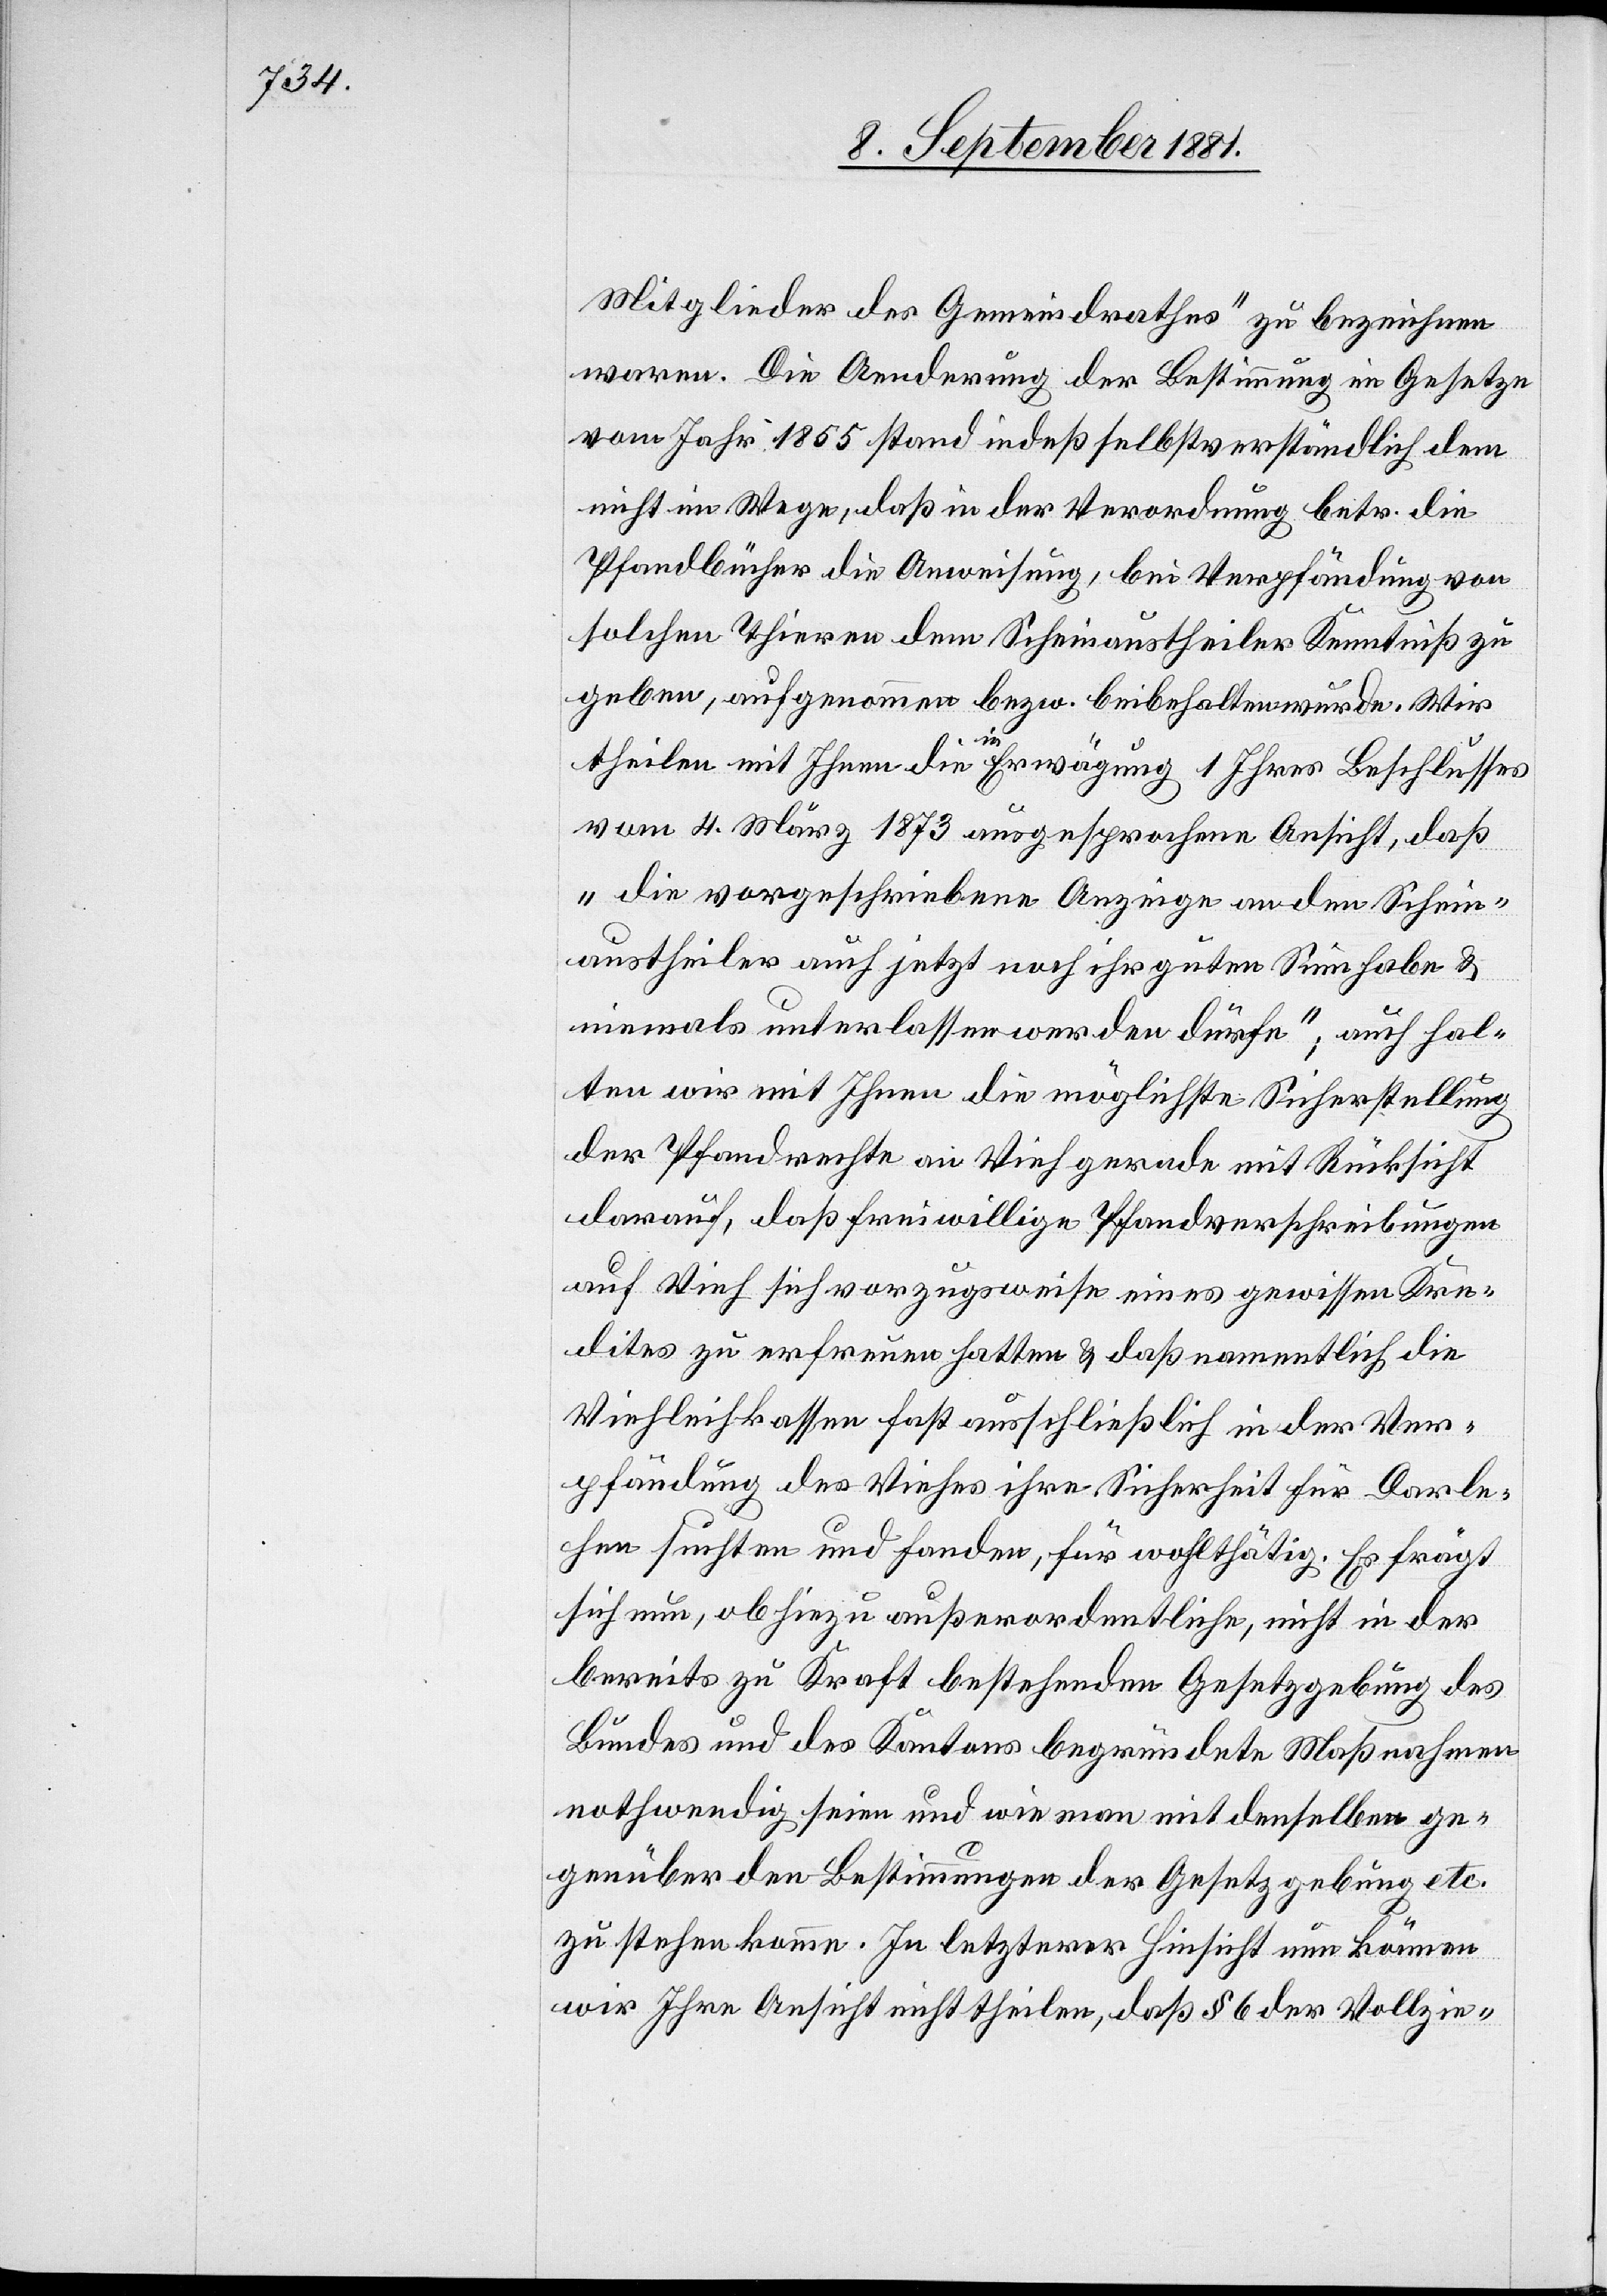
Mitglieder des Gemeindrathes“ zu bezeichnen
waren. Die Aenderung der Bestimmung im Gesetze
vom Jahr 1855 stand indeß selbstverständlich dem
nicht im Wege, daß in der Verordnng betr. die
Pfandbücher die Anweisung, bei Verpfändung von
solchen Thieren dem Scheinaustheiler Kenntniß zu
geben, aufgenommen bezw. beibehalten wurde. Wir
theilen mit Ihnen die in Erwägung 1 Ihres Beschlusses
vom 4. März 1873 ausgesprochene Ansicht, daß
„die vorgeschriebene Anzeige an den Schein¬
austheiler auch jetzt noch ihr guten Sinn habe &
niemals unterlassen werden dürfe“; auch hal¬
ten wir mit Ihnen die möglichste Sicherstellung
der Pfandrechte an Vieh gerade mit Rücksicht
darauf, daß freiwillige Pfandverschreibungen
auf Vieh sich vorzugsweise eines gewissen Kre¬
dites zu erfreuen hatten & daß namentlich die
Viehleihkassen fast ausschließlich in der Ver¬
pfändung des Viehs ihre Sicherheit für Darle¬
hen suchten und fanden, für wohltätig. Es frägt
sich nun, ob hiezu außerordentliche, nicht in der
bereits zu Kraft bestehenden Gesetzgebung des
Bundes und des Kantons begründete Maßnahmen
nothwendig seien und wie man mit denselben ge¬
genüber den Bestimmungen der Gesetzgebung etc.
zu stehen komme. In letzterer Hinsicht nun können
wir Ihre Ansicht nicht theilen, daß § 6 der Vollzie-